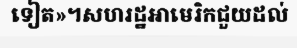
ទៀត»។សហរដ្ឋអាមេរិកជួយដល់